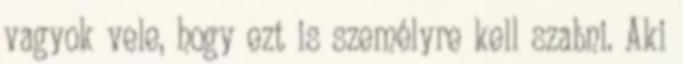
vagyok vele, hogy ezt is személyre kell szabni. Aki